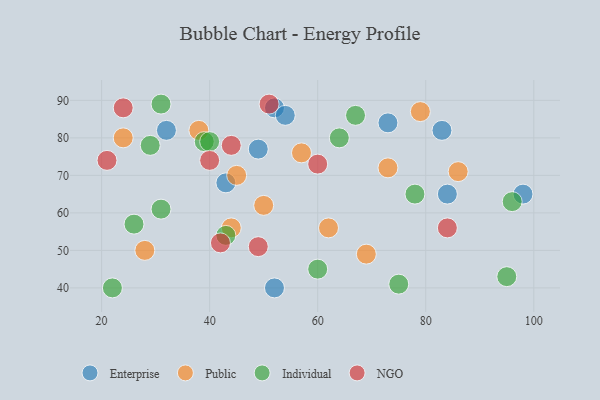
{"axis": {"x": "GDP", "y": "Life Expectancy"}, "legend": ["Enterprise", "Individual", "NGO", "Public"], "data": [{"x": "43", "y": 68, "type": "Enterprise"}, {"x": "49", "y": 77, "type": "Enterprise"}, {"x": "52", "y": 88, "type": "Enterprise"}, {"x": "52", "y": 40, "type": "Enterprise"}, {"x": "84", "y": 65, "type": "Enterprise"}, {"x": "54", "y": 86, "type": "Enterprise"}, {"x": "32", "y": 82, "type": "Enterprise"}, {"x": "83", "y": 82, "type": "Enterprise"}, {"x": "98", "y": 65, "type": "Enterprise"}, {"x": "73", "y": 84, "type": "Enterprise"}, {"x": "24", "y": 80, "type": "Public"}, {"x": "86", "y": 71, "type": "Public"}, {"x": "79", "y": 87, "type": "Public"}, {"x": "69", "y": 49, "type": "Public"}, {"x": "45", "y": 70, "type": "Public"}, {"x": "62", "y": 56, "type": "Public"}, {"x": "73", "y": 72, "type": "Public"}, {"x": "38", "y": 82, "type": "Public"}, {"x": "44", "y": 56, "type": "Public"}, {"x": "50", "y": 62, "type": "Public"}, {"x": "57", "y": 76, "type": "Public"}, {"x": "28", "y": 50, "type": "Public"}, {"x": "31", "y": 61, "type": "Individual"}, {"x": "64", "y": 80, "type": "Individual"}, {"x": "26", "y": 57, "type": "Individual"}, {"x": "22", "y": 40, "type": "Individual"}, {"x": "43", "y": 54, "type": "Individual"}, {"x": "96", "y": 63, "type": "Individual"}, {"x": "75", "y": 41, "type": "Individual"}, {"x": "31", "y": 89, "type": "Individual"}, {"x": "39", "y": 79, "type": "Individual"}, {"x": "40", "y": 79, "type": "Individual"}, {"x": "67", "y": 86, "type": "Individual"}, {"x": "78", "y": 65, "type": "Individual"}, {"x": "60", "y": 45, "type": "Individual"}, {"x": "95", "y": 43, "type": "Individual"}, {"x": "29", "y": 78, "type": "Individual"}, {"x": "44", "y": 78, "type": "NGO"}, {"x": "21", "y": 74, "type": "NGO"}, {"x": "60", "y": 73, "type": "NGO"}, {"x": "84", "y": 56, "type": "NGO"}, {"x": "42", "y": 52, "type": "NGO"}, {"x": "24", "y": 88, "type": "NGO"}, {"x": "49", "y": 51, "type": "NGO"}, {"x": "51", "y": 89, "type": "NGO"}, {"x": "40", "y": 74, "type": "NGO"}]}